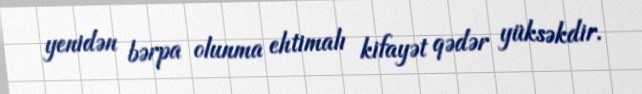
yenidən bərpa olunma ehtimalı kifayət qədər yüksəkdir.